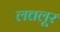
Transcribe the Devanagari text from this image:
लत्तलूर